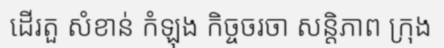
ដើរតួ សំខាន់ កំឡុង កិច្ចចរចា សន្តិភាព ក្រុង